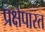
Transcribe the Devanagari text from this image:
प्रक्षेपास्त